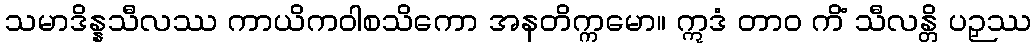
သမာဒိန္နသီလဿ ကာယိကဝါစသိကော အနတိက္ကမော။ ဣဒံ တာဝ ကိံ သီလန္တိ ပဉှဿ